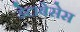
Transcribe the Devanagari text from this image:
डेटाबेसेस